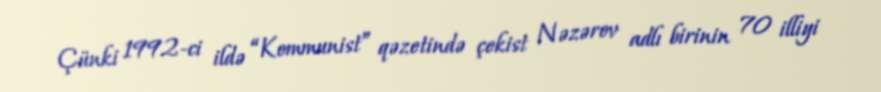
Çünki 1992-ci ildə “Kommunist” qəzetində çekist Nəzərov adlı birinin 70 illiyi